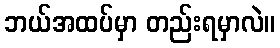
ဘယ်အထပ်မှာ တည်းရမှာလဲ။